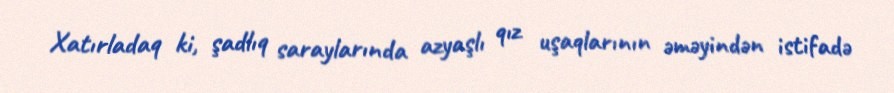
Xatırladaq ki, şadlıq saraylarında azyaşlı qız uşaqlarının əməyindən istifadə